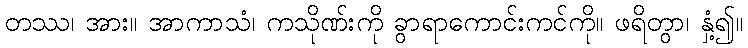
တဿ၊ အား။ အာကာသံ၊ ကသိုဏ်းကို ခွာရာကောင်းကင်ကို။ ဖရိတွာ၊ နှံ့၍။